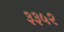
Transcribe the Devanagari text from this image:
३३५२